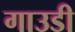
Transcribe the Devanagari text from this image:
गाउडी